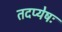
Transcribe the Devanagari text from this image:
तदप्येषः